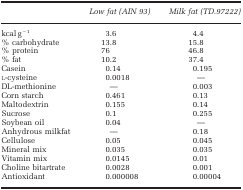
<table><thead><tr><td><b> </b></td><td><b><i>Low fat (AIN 93)</i></b></td><td><b><i>Milk fat (TD.97222)</i></b></td></tr></thead><tbody><tr><td>kcal g<sup>−1</sup></td><td>3.6</td><td>4.4</td></tr><tr><td>% carbohydrate</td><td>13.8</td><td>15.8</td></tr><tr><td>% protein</td><td>76</td><td>46.8</td></tr><tr><td>% fat</td><td>10.2</td><td>37.4</td></tr><tr><td>Casein</td><td>0.14</td><td>0.195</td></tr><tr><td>l-cysteine</td><td>0.0018</td><td>—</td></tr><tr><td>DL-methionine</td><td>—</td><td>0.003</td></tr><tr><td>Corn starch</td><td>0.461</td><td>0.13</td></tr><tr><td>Maltodextrin</td><td>0.155</td><td>0.14</td></tr><tr><td>Sucrose</td><td>0.1</td><td>0.255</td></tr><tr><td>Soybean oil</td><td>0.04</td><td>—</td></tr><tr><td>Anhydrous milkfat</td><td>—</td><td>0.18</td></tr><tr><td>Cellulose</td><td>0.05</td><td>0.045</td></tr><tr><td>Mineral mix</td><td>0.035</td><td>0.035</td></tr><tr><td>Vitamin mix</td><td>0.0145</td><td>0.01</td></tr><tr><td>Choline bitartrate</td><td>0.0028</td><td>0.001</td></tr><tr><td>Antioxidant</td><td>0.000008</td><td>0.00004</td></tr></tbody></table>